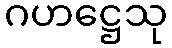
ဂဟဋ္ဌေသု